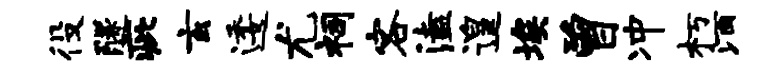
役隧疵玄逶尤祠客溘遑埃曾冲朽酒